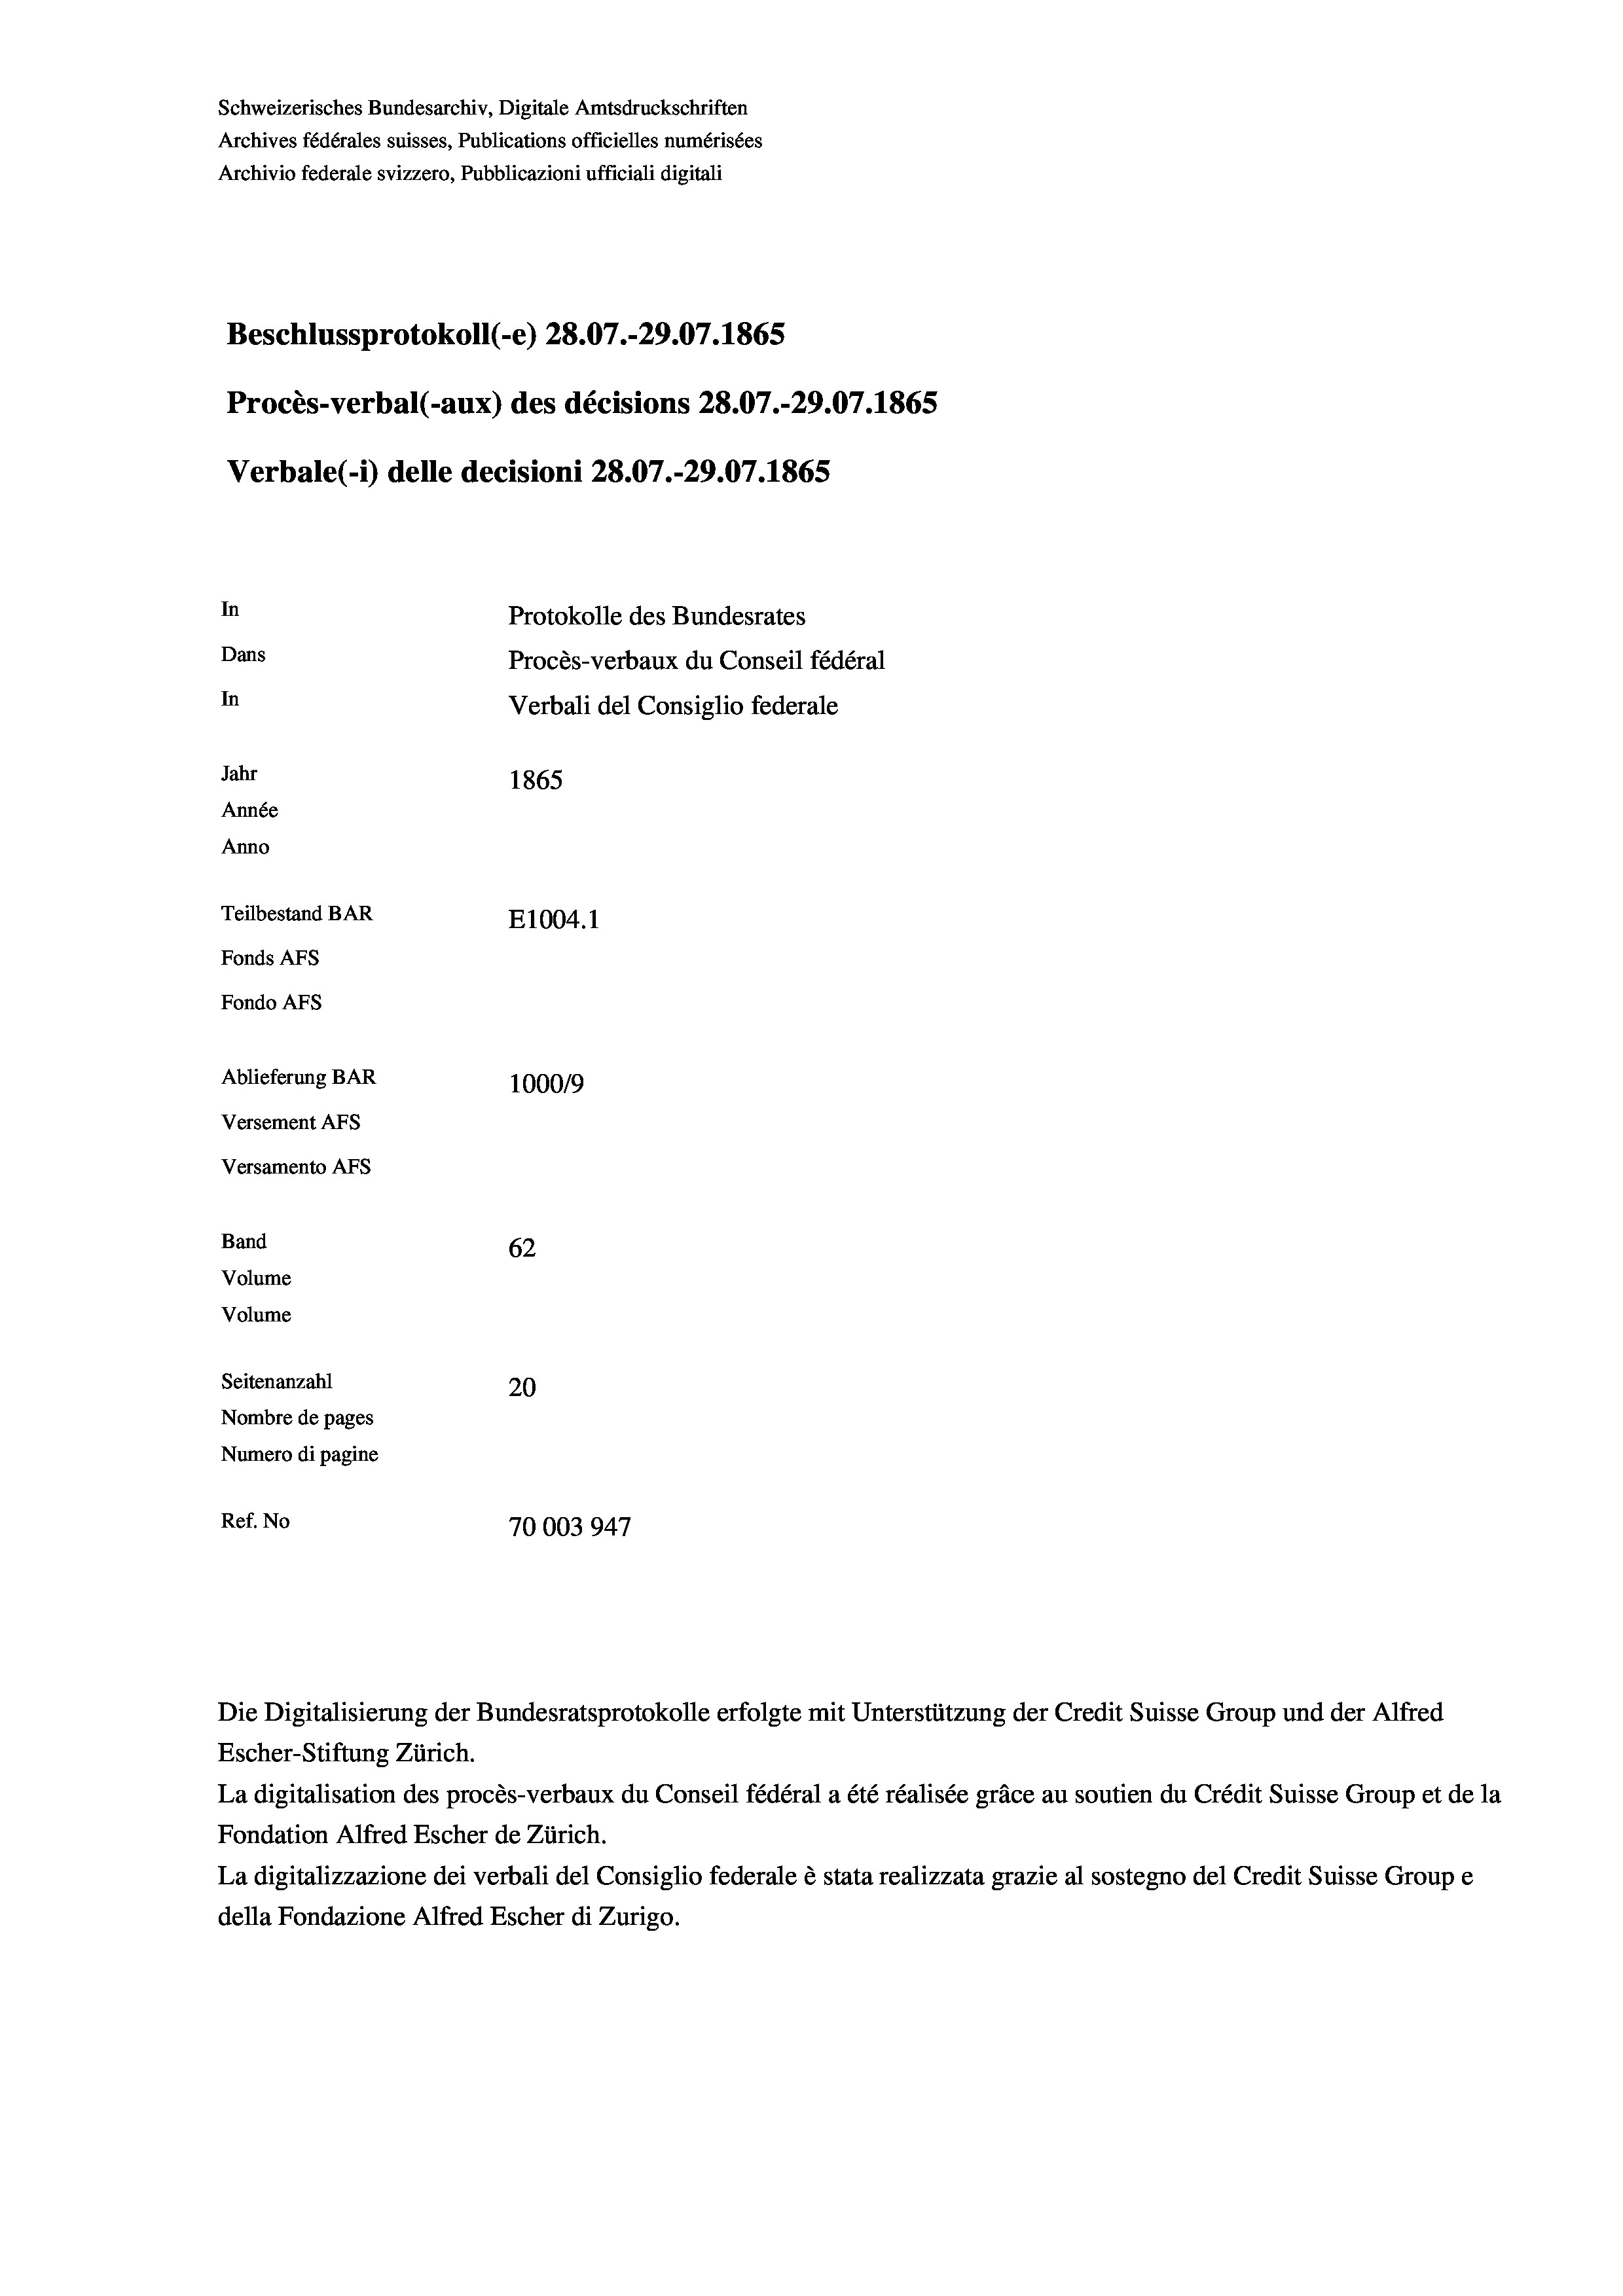
Schweizerisches Bundesarchiv, Digitale Amtsdruckschriften
Archives fédérales suisses, Publications officielles numérisées
Archivio federale svizzero, Pubblicazioni ufficiali digitali
Beschlussprotokoll (-e) 28.07.-29.07. 1865
Procès-verbal (-aux) des décisions 28.07.-29.07. 1865
Verbale(*) delle decisioni 28.07.-29.07. 1865
In
Protokolle des Bundesrates
Dans
Procès-verbaux du Conseil fédéral
In
Verbali del Consiglio federale
Jahr
1865
Année
Anno
Teilbestand BAR
E1004.1
Fonds AFs
Fondo Afs
Ablieferung BAR
100019
Versement AFs
Versamento Afs
Band
62
Volume
Volume
Seitenanzahl
20
Nombre de pages
Numero di pagine
Ref. No
70003947

Escher-Stiftung Zürich.
La digitalisation des procès-verbaux du Conseil fédéral a été réalisée gräce au soutien du Crédit Suisse Group et de la
Fondation Alfred Escher de Zürich.
La digitalizzazione dei verbali del Consiglio federale è stata realizzata grazie al sostegno del Credit Suisse Groupe
della Fondazione Alfred Escher di Zurigo.

Die Digitalisierung der Bundesratsprotokolle erfolgte mit Unterstützung der Credit Suisse Group und der Alfred